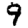
Digit: 9